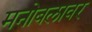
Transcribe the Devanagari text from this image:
मनोबलावर